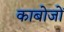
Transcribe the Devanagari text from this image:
काबोजों